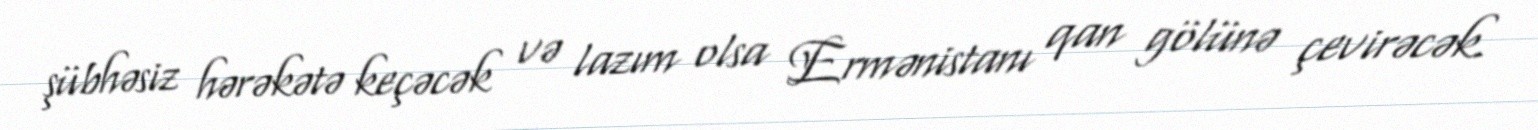
şübhəsiz hərəkətə keçəcək və lazım olsa Ermənistanı qan gölünə çevirəcək.